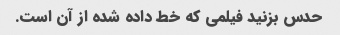
حدس بزنید فیلمی که خط داده شده از آن است.